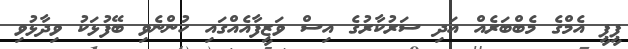
ޕީޕީ އެމްގެ މެބްބަރެއް އަދި ސަރުކާރުގެ އިސް ވަޒީފާއެއްގައި ހުންނެވި ބޭފުޅަކު ވިދާޅުވި